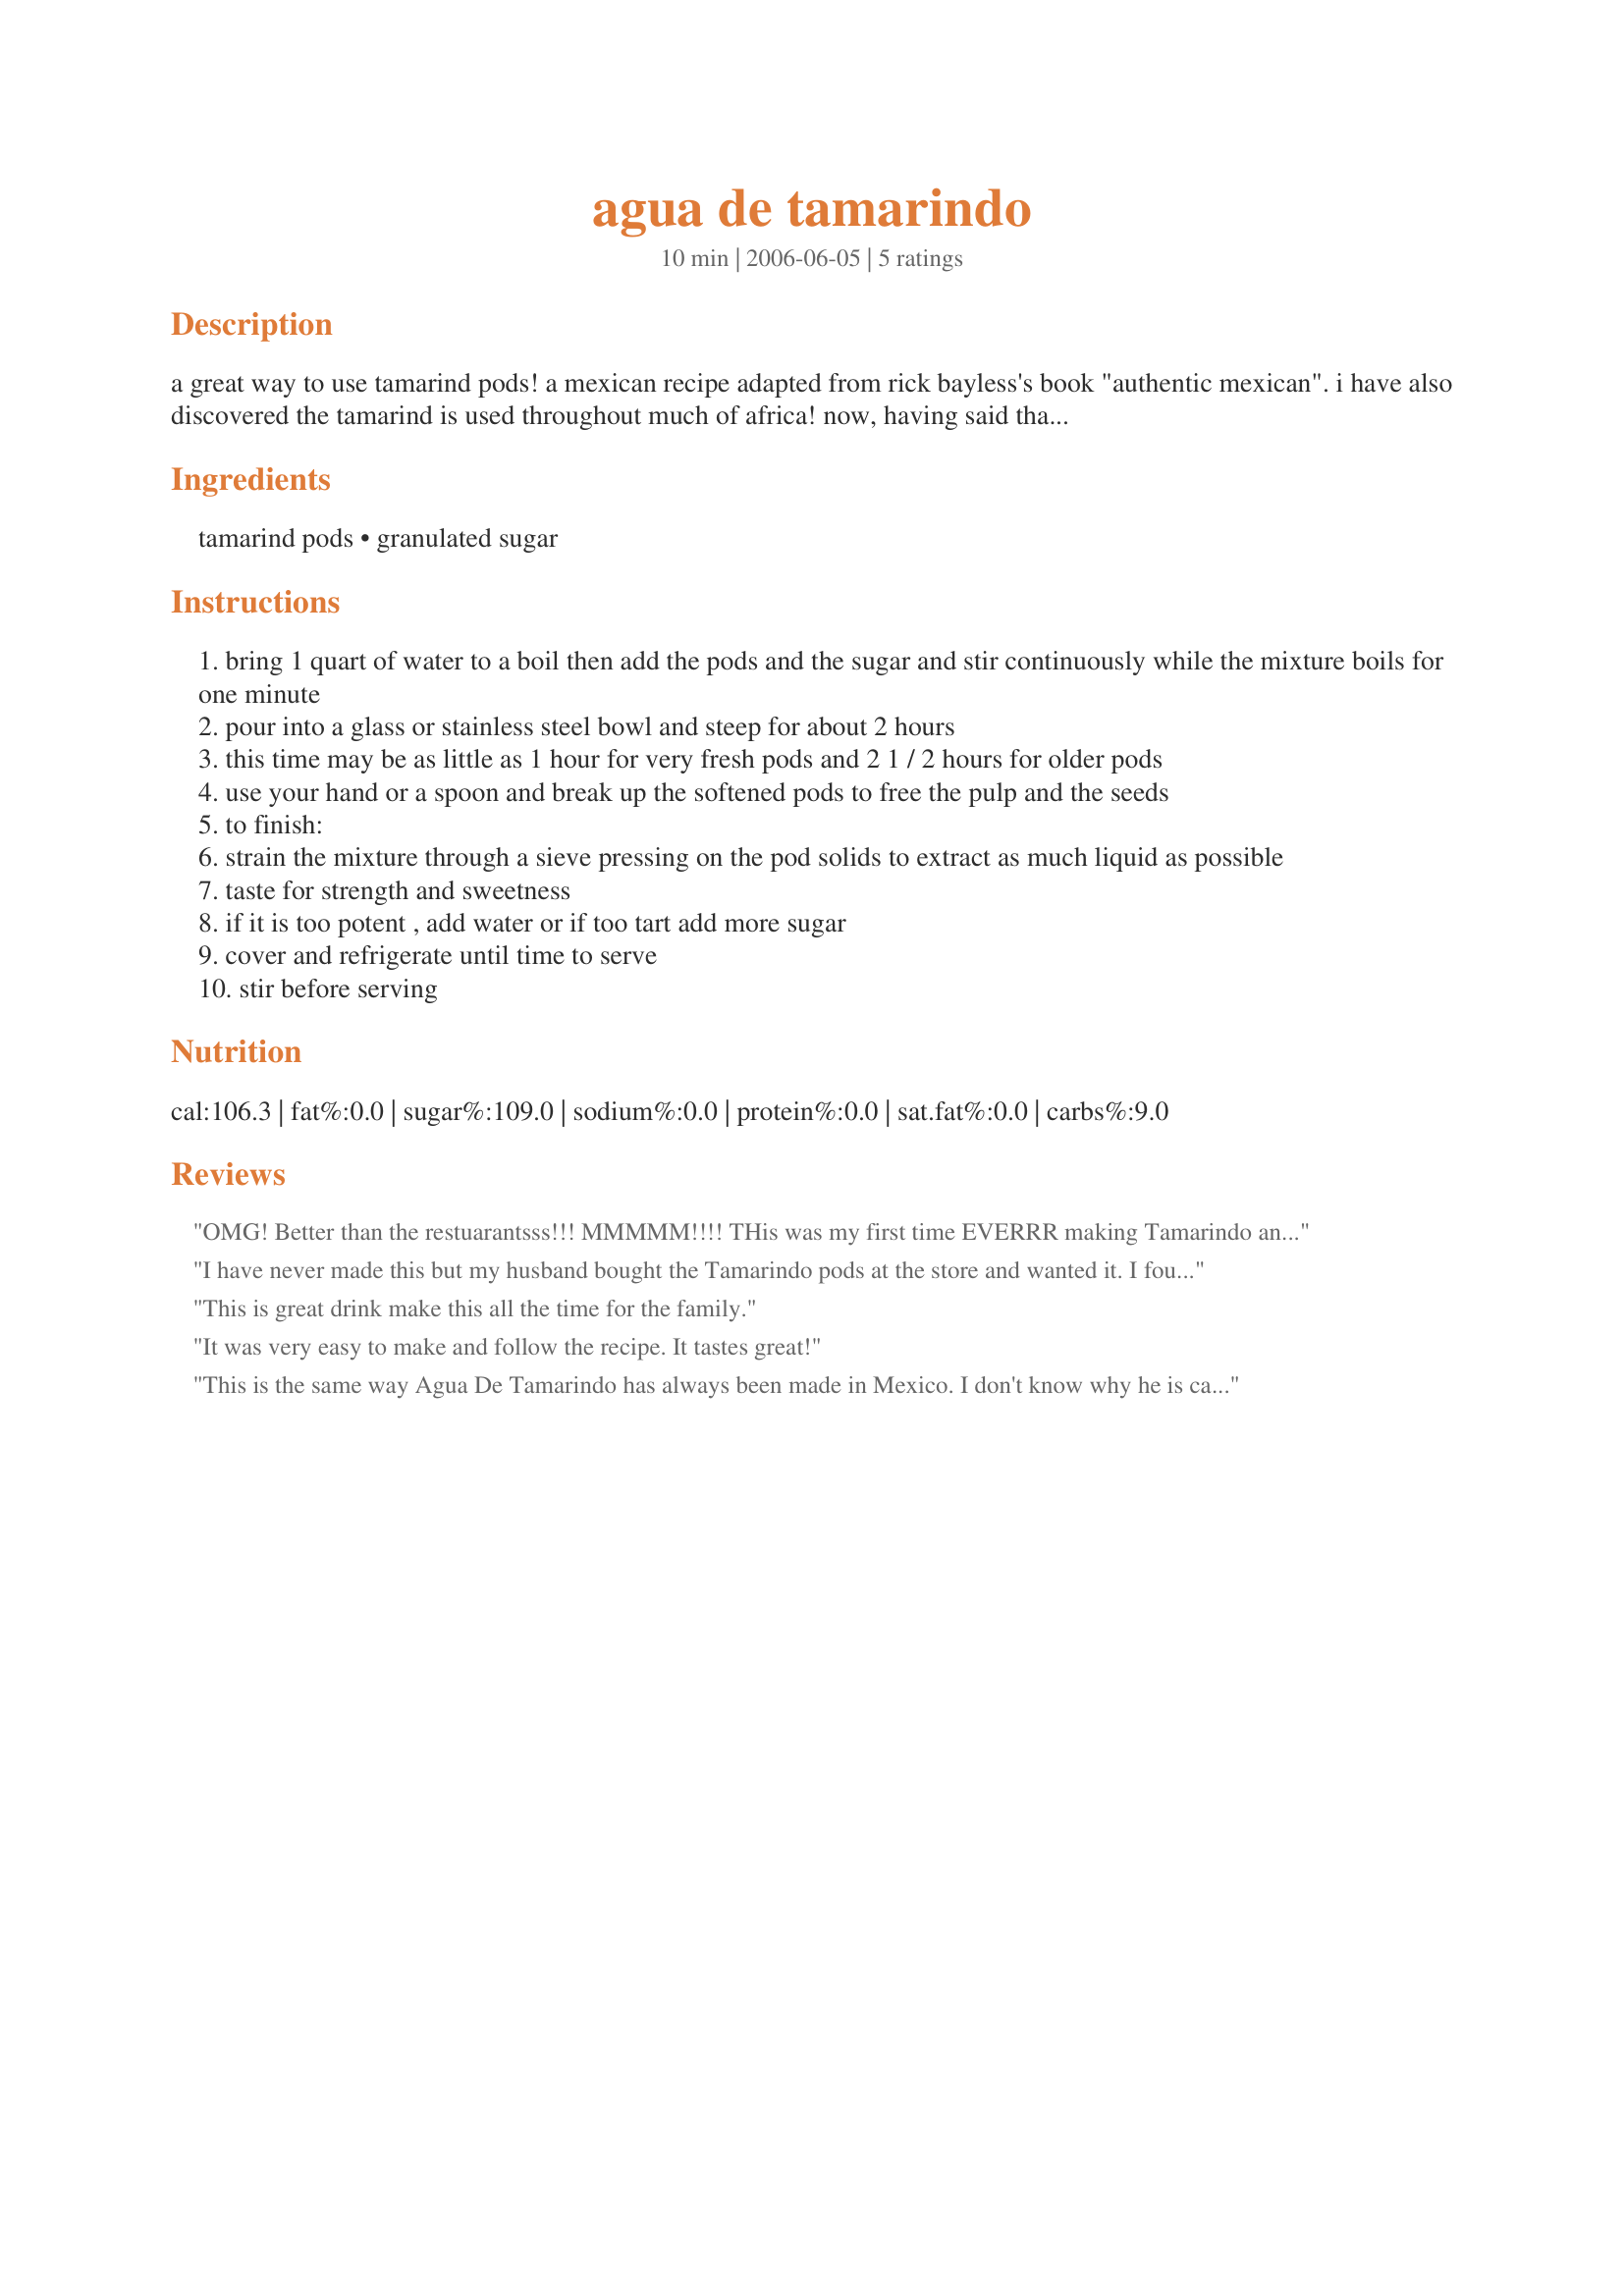
agua de tamarindo
Preparation time: 10 minutes

a great way to use tamarind pods! a mexican recipe adapted from rick bayless's book "authentic mexican". i have also discovered the tamarind is used throughout much of africa! now, having said that, tamarinds are also grown and widely popular in the tropics, so this could also be classed as a caribbean recipe!

Ingredients:
tamarind pods, granulated sugar

Steps:
bring 1 quart of water to a boil then add the pods and the sugar and stir continuously while the mixture boils for one minute
pour into a glass or stainless steel bowl and steep for about 2 hours
this time may be as little as 1 hour for very fresh pods and 2 1 / 2 hours for older pods
use your hand or a spoon and break up the softened pods to free the pulp and the seeds
to finish:
strain the mixture through a sieve pressing on the pod solids to extract as much liquid as possible
taste for strength and sweetness
if it is too potent , add water or if too tart add more sugar
cover and refrigerate until time to serve
stir before serving

Reviews:
OMG! Better than the restuarantsss!!! MMMMM!!!! THis was my first time EVERRR making Tamarindo and let me tell you I was intimidated but boy you made this recipe EASY! i love how you told me exactly how MANY pods i needed and not how much it should weigh. I didnt even add extra sugar, you are on target with EVERYTHINNGG! I LOVE IT!!!!!! will keep this FOREVER..and i will be the first in my family to start bringing this juice to partys. i plan to quaddrupal this and make 5 gallons of this every party now cuz i know this recipe is a WINNNERR! thanks for making it sooooo easy!
I have never made this but my husband bought the Tamarindo pods at the store and wanted it. I found this recipe, made it, and loved it!!! It was easy to make and tasted great.
This is great drink make this all the time for the family.
It was very easy to make and follow the recipe. It tastes great!
This is the same way Agua De Tamarindo has always been made in Mexico. I don't know why he is calling it Caribbean.
